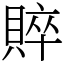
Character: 賥